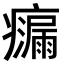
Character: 𭼴